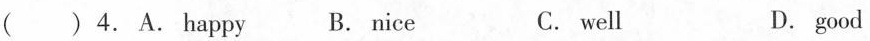
( ) 4. A. happy B. nice C. well D. good